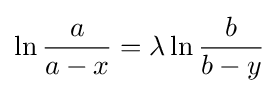
\ln {\frac {a}{a-x}}=\lambda \ln {\frac {b}{b-y}}